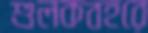
শুলকবহরে